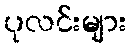
ပုလင်းများ